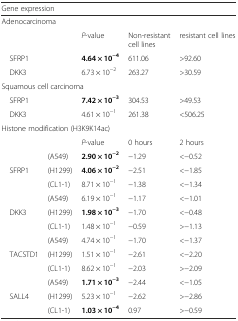
<table><thead><tr><td colspan="5"><b>Gene expression</b></td></tr></thead><tbody><tr><td colspan="5">Adenocarcinoma</td></tr><tr><td></td><td></td><td><i>P</i>-value</td><td>Non-resistant cell lines</td><td>resistant cell lines</td></tr><tr><td> SFRP1</td><td></td><td><b>4.64 × 10</b><sup><b>−4</b></sup></td><td>611.06</td><td>&gt;92.60</td></tr><tr><td> DKK3</td><td></td><td>6.73 × 10<sup>−2</sup></td><td>263.27</td><td>&gt;30.59</td></tr><tr><td colspan="5">Squamous cell carcinoma</td></tr><tr><td> SFRP1</td><td></td><td><b>7.42 × 10</b><sup><b>−3</b></sup></td><td>304.53</td><td>&gt;49.53</td></tr><tr><td> DKK3</td><td></td><td>4.61 × 10<sup>−1</sup></td><td>261.38</td><td>&lt;506.25</td></tr><tr><td colspan="5">Histone modification (H3K9K14ac)</td></tr><tr><td></td><td></td><td><i>P</i>-value</td><td>0 hours</td><td>2 hours</td></tr><tr><td></td><td>(A549)</td><td><b>2.90 × 10</b><sup><b>−2</b></sup></td><td>−1.29</td><td>&lt;−0.52</td></tr><tr><td> SFRP1</td><td>(H1299)</td><td><b>4.06 × 10</b><sup><b>−2</b></sup></td><td>−2.51</td><td>&lt;−1.85</td></tr><tr><td></td><td>(CL1-1)</td><td>8.71 × 10<sup>−1</sup></td><td>−1.38</td><td>&lt;−1.34</td></tr><tr><td></td><td>(A549)</td><td>6.19 × 10<sup>−1</sup></td><td>−1.17</td><td>&lt;−1.01</td></tr><tr><td> DKK3</td><td>(H1299)</td><td><b>1.98 × 10</b><sup><b>−3</b></sup></td><td>−1.70</td><td>&lt;−0.48</td></tr><tr><td></td><td>(CL1-1)</td><td>1.48 × 10<sup>−1</sup></td><td>−0.59</td><td>&gt;−1.13</td></tr><tr><td></td><td>(A549)</td><td>4.74 × 10<sup>−1</sup></td><td>−1.70</td><td>&lt;−1.37</td></tr><tr><td> TACSTD1</td><td>(H1299)</td><td>1.51 × 10<sup>−1</sup></td><td>−2.61</td><td>&lt;−2.20</td></tr><tr><td></td><td>(CL1-1)</td><td>8.62 × 10<sup>−1</sup></td><td>−2.03</td><td>&gt;−2.09</td></tr><tr><td></td><td>(A549)</td><td><b>1.71 × 10</b><sup><b>−3</b></sup></td><td>−2.44</td><td>&lt;−1.05</td></tr><tr><td> SALL4</td><td>(H1299)</td><td>5.23 × 10<sup>−1</sup></td><td>−2.62</td><td>&gt;−2.86</td></tr><tr><td></td><td>(CL1-1)</td><td><b>1.03 × 10</b><sup><b>−4</b></sup></td><td>0.97</td><td>&gt;−0.59</td></tr></tbody></table>